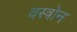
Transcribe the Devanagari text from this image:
वस्त्रोन